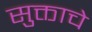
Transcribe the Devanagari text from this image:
सुक्ताचे